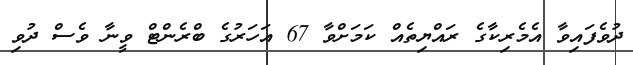
ދުވެފައިވާ އެމެރިކާގެ ރައްޔިތެއް ކަމަށްވާ 67 އަހަރުގެ ބްރެންޓް ވީނާ ވެސް ދުވި